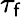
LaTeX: \tau_{\mathsf{f}}